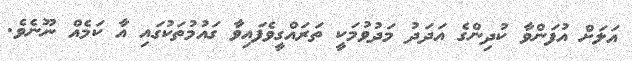
އަލަށް އުފަންވާ ކުދިންގެ އަދަދު މަދުވުމަކީ ތަރައްގީވެފައިވާ ގައުމުތަކުގައި އާ ކަމެއް ނޫނެވެ.